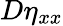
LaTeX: D\eta_{xx}